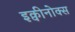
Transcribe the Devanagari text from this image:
इक्वीनोक्स